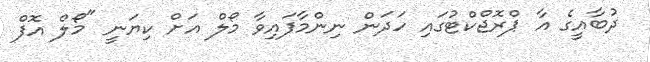
ދުބާއީގެ އާ ޕްރޮޖްކްޓުގައި ހަދަން ނިންމާފައިވާ މޯލް އަށް ކިޔަނީ "މޯލް އޮފް